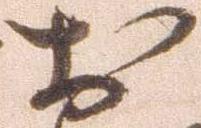
お